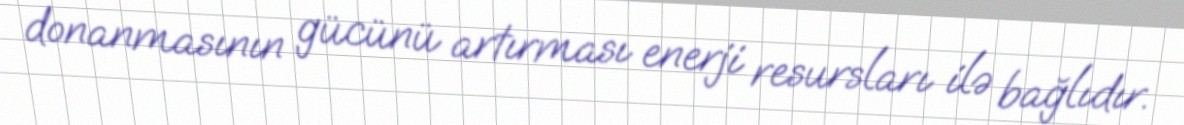
donanmasının gücünü artırması enerji resursları ilə bağlıdır.